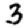
Digit: 3